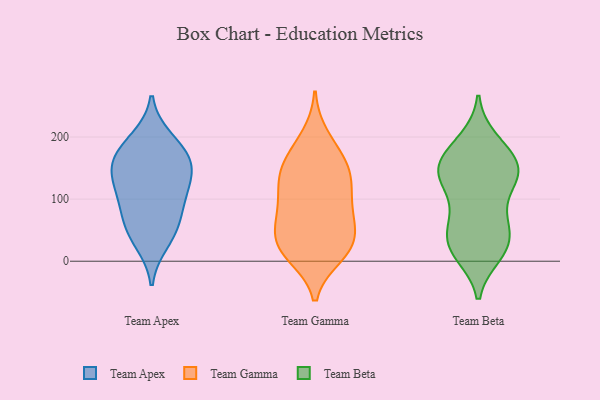
{"axis": {"x": "Revenue (USD Million)", "y": "Value"}, "legend": ["Team Apex", "Team Beta", "Team Gamma"], "data": [{"x": "", "y": 161, "type": "Team Apex"}, {"x": "", "y": 158, "type": "Team Apex"}, {"x": "", "y": 156, "type": "Team Apex"}, {"x": "", "y": 130, "type": "Team Apex"}, {"x": "", "y": 55, "type": "Team Apex"}, {"x": "", "y": 55, "type": "Team Apex"}, {"x": "", "y": 101, "type": "Team Apex"}, {"x": "", "y": 90, "type": "Team Apex"}, {"x": "", "y": 31, "type": "Team Apex"}, {"x": "", "y": 123, "type": "Team Apex"}, {"x": "", "y": 183, "type": "Team Apex"}, {"x": "", "y": 196, "type": "Team Apex"}, {"x": "", "y": 137, "type": "Team Gamma"}, {"x": "", "y": 123, "type": "Team Gamma"}, {"x": "", "y": 165, "type": "Team Gamma"}, {"x": "", "y": 21, "type": "Team Gamma"}, {"x": "", "y": 200, "type": "Team Gamma"}, {"x": "", "y": 83, "type": "Team Gamma"}, {"x": "", "y": 147, "type": "Team Gamma"}, {"x": "", "y": 10, "type": "Team Gamma"}, {"x": "", "y": 52, "type": "Team Gamma"}, {"x": "", "y": 25, "type": "Team Gamma"}, {"x": "", "y": 69, "type": "Team Gamma"}, {"x": "", "y": 127, "type": "Team Gamma"}, {"x": "", "y": 100, "type": "Team Gamma"}, {"x": "", "y": 66, "type": "Team Gamma"}, {"x": "", "y": 20, "type": "Team Gamma"}, {"x": "", "y": 169, "type": "Team Gamma"}, {"x": "", "y": 24, "type": "Team Gamma"}, {"x": "", "y": 31, "type": "Team Beta"}, {"x": "", "y": 18, "type": "Team Beta"}, {"x": "", "y": 71, "type": "Team Beta"}, {"x": "", "y": 135, "type": "Team Beta"}, {"x": "", "y": 194, "type": "Team Beta"}, {"x": "", "y": 152, "type": "Team Beta"}, {"x": "", "y": 22, "type": "Team Beta"}, {"x": "", "y": 21, "type": "Team Beta"}, {"x": "", "y": 136, "type": "Team Beta"}, {"x": "", "y": 63, "type": "Team Beta"}, {"x": "", "y": 12, "type": "Team Beta"}, {"x": "", "y": 162, "type": "Team Beta"}, {"x": "", "y": 136, "type": "Team Beta"}, {"x": "", "y": 140, "type": "Team Beta"}, {"x": "", "y": 48, "type": "Team Beta"}, {"x": "", "y": 77, "type": "Team Beta"}, {"x": "", "y": 143, "type": "Team Beta"}, {"x": "", "y": 180, "type": "Team Beta"}, {"x": "", "y": 128, "type": "Team Beta"}, {"x": "", "y": 182, "type": "Team Beta"}]}